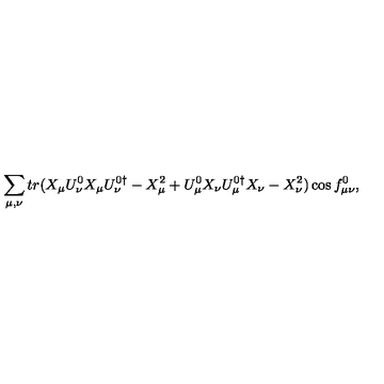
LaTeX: \sum _ { \mu , \nu } { t r ( X _ { \mu } U _ { \nu } ^ { 0 } X _ { \mu } U _ { \nu } ^ { 0 \dagger } - X _ { \mu } ^ { 2 } + U _ { \mu } ^ { 0 } X _ { \nu } U _ { \mu } ^ { 0 \dagger } X _ { \nu } - X _ { \nu } ^ { 2 } ) \cos { f _ { \mu \nu } ^ { 0 } } } ,